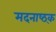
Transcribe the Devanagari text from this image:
मदनाष्ठ्क